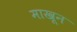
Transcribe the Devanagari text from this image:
माखून